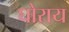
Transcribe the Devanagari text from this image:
घोराय